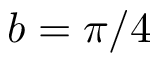
b = \pi / 4